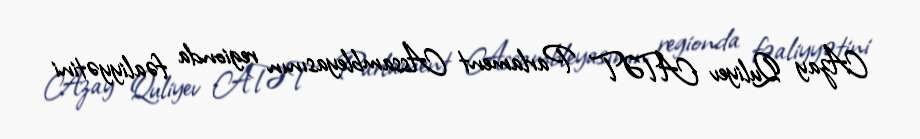
Azay Quliyev ATƏT Parlament Assambleyasının regionda fəaliyyətini